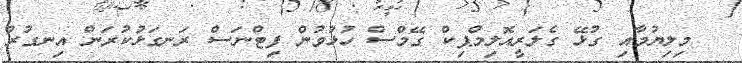
މިލިޔުމާއި ގުޅޭ ގެލަރީއޮލިމްޕިކް ގޭމްސް ހުޅުވުން ފިޓްނަސް ރަނގަޅުކުރަން އިނގުރު